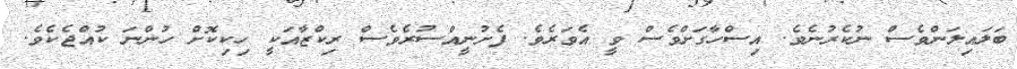
ބަލައިލަންވެސް ނުކެރުނެވެ. އިސްހާގަށްވެސް ވީ އެވަރެވެ. ފެށުނީއްސުރެވެސް ރިކްޒާއަކީ ހިކިކޮށް ހުންނަ ކުއްޖެކެވެ.